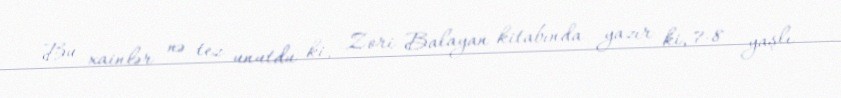
Bu xainlər nə tez unutdu ki, Zori Balayan kitabında yazır ki, 7-8 yaşlı